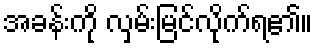
အခန်းကို လှမ်းမြင်လိုက်ရ၏။